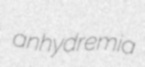
anhydremia